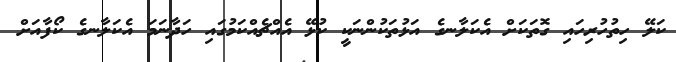
ކަލޭ ހިތުހުރިހައި ގޮތަކަށް އެކަލާނގެ އަޅުތަކުންނަކީ ކުޅޭ އެއްޗެއްކަމުގައި ހަދާނަމަ އެކަލާނގެ ކޯފާއަށް